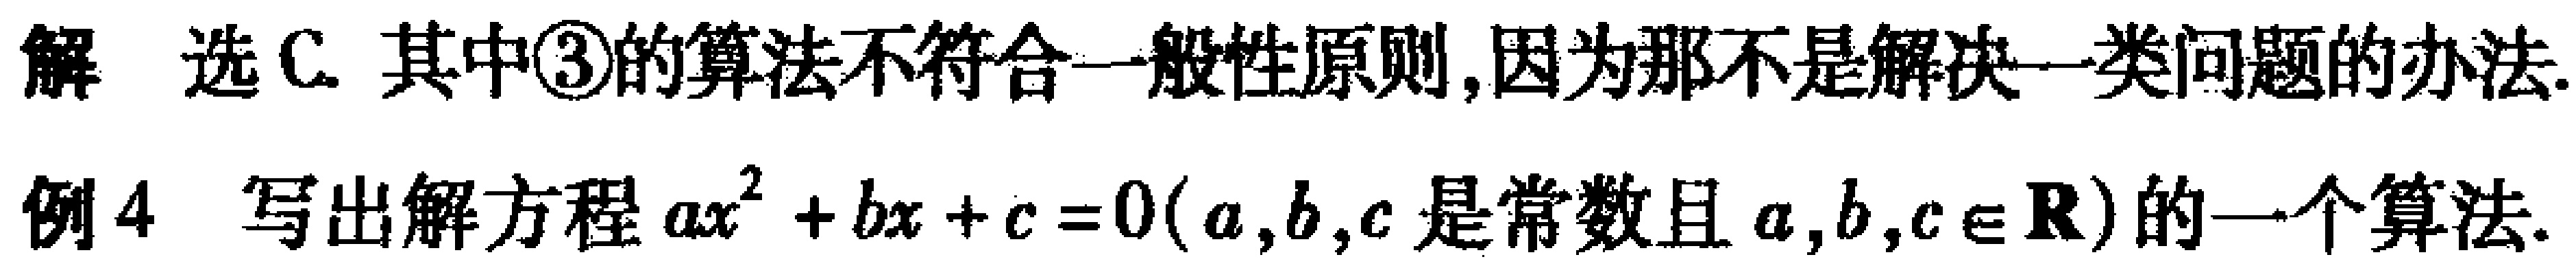
解 选C. 其中\textcircled{3}的算法不符合一般性原则,因为那不是解决一类问题的办法.
例4 写出解方程\(ax^{2}+bx + c = 0\) (\(a,b,c\)是常数且\(a,b,c\in\mathbb{R}\))的一个算法.